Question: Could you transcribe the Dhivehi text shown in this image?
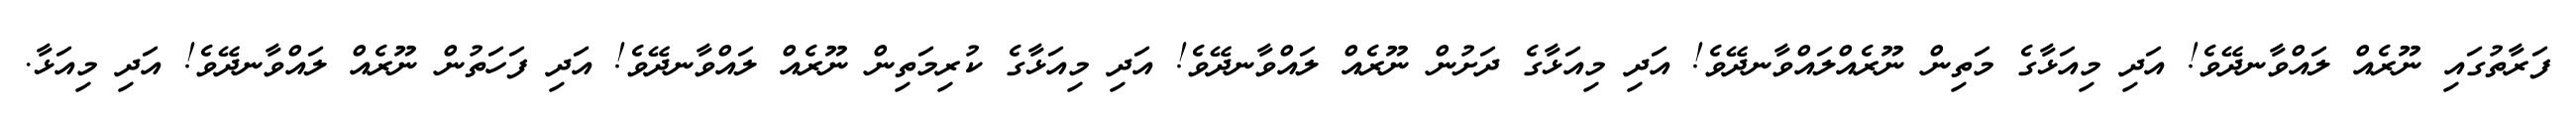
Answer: ފަރާތުގައި ނޫރެއް ލައްވާނދޭވެ! އަދި މިއަޅާގެ މަތިން ނޫރެއްލައްވާނދޭވެ! އަދި މިއަޅާގެ ދަށުން ނޫރެއް ލައްވާނދޭވެ! އަދި މިއަޅާގެ ކުރިމަތިން ނޫރެއް ލައްވާނދޭވެ! އަދި ފަހަތުން ނޫރެއް ލައްވާނދޭވެ! އަދި މިއަޅާ.